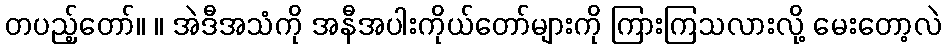
တပည့်တော်။ ။ အဲဒီအသံကို အနီအပါးကိုယ်တော်များကို ကြားကြသလားလို့ မေးတော့လဲ